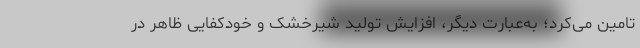
تامین می‌کرد؛ به‌عبارت دیگر، افزایش تولید شیرخشک و خودکفایی ظاهر در